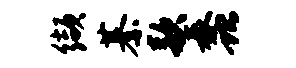
缬綦款蠡